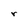
Character: r